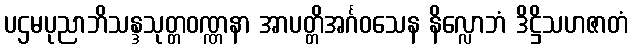
ပဌမပုညာဘိသန္ဒသုတ္တဝဏ္ဏနာ အာပတ္တိအင်္ဂဝသေန နိလ္လောဘံ ဒိဋ္ဌိသဟဇာတံ